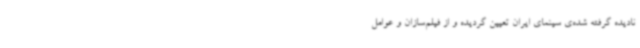
نادیده گرفته شده‌ی سینمای ایران تعیین گردیده و از فیلم‌سازان و عوامل